Plague in India, 1896, 1897 - Volume 2
Year: 1896
Disease focus: Plague
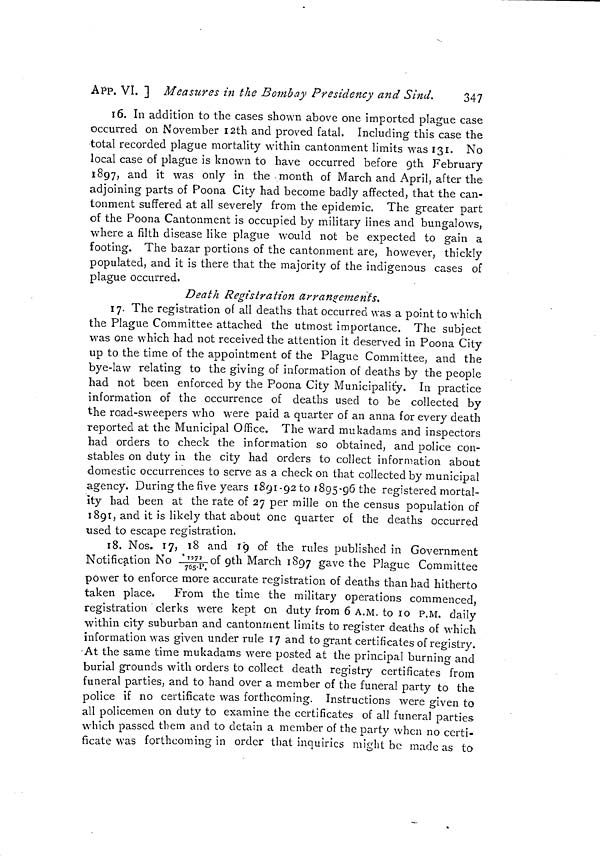
APP. VI. ] Measures in the Bombay Presidency and Sind.
347
16. In addition to the cases shown above one imported plague case
occurred on November I2th and proved fatal. Including this case the
total recorded plague mortality within cantonment limits was 131. No
local case of plague is known to have occurred before 9th February
1897, and it was only in the month of March and April, after the
adjoining parts of Poona City had become badly affected, that the can-
tonment suffered at all severely from the epidemic. The greater part
of the Poona Cantonment is occupied by military lines and bungalows,
where a filth disease like plague would not be expected to gain a
footing. The bazar portions of the cantonment are, however, thickly
populated, and it is there that the majority of the indigenous cases of
plague occurred.
Death Registration arrangements.
17. The registration of all deaths that occurred was a point to which
the Plague Committee attached the utmost importance, The subject
was one which had not received the attention it deserved in Poona City
up to the time of the appointment of the Plague Committee, and the
bye-law relating to the giving of information of deaths by the people
had not been enforced by the Poona City Municipality. In practice
information of the occurrence of deaths used to be collected by
the road-sweepers who were paid a quarter of an anna for every death
reported at the Municipal Office. The ward mukadams and inspectors
had orders to check the information so obtained, and police con-
stables on duty in the city had orders to collect information about
domestic occurrences to serve as a check on that collected by municipal
agency. During the five years 1891-92 to 1895-96 the registered mortal-
ity had been at the rate of 27 per mille on the census population of
1891, and it is likely that about one quarter of the deaths occurred
used to escape registration.
18. Nos. 17, 18 and 19 of the rules published in Government
Notification No l272/765-P of 9th March 1897 gave the Plague Committee
power to enforce more accurate registration of deaths than had hitherto
taken place. From the time the military operations commenced,
registration clerks were kept on duty from 6 A.M. to 10 P.M. daily
within city suburban and cantonment limits to register deaths of which
information was given under rule 17 and to grant certificates of registry.
At the same time mukadams were posted at the principal burning and
burial grounds with orders to collect death registry certificates from
funeral parties, and to hand over a member of the funeral party to the
police if no certificate was forthcoming. Instructions were given to
all policemen on duty to examine the certificates of all funeral parties-
which passed them and to detain a member of the party when no certi-
ficate was forthcoming in order that inquiries might be made as to